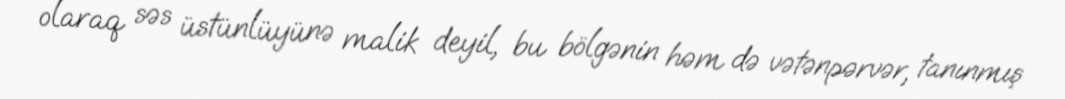
olaraq səs üstünlüyünə malik deyil, bu bölgənin həm də vətənpərvər, tanınmış